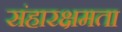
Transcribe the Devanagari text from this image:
संहारक्षमता